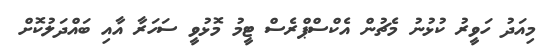
މިއަދު ހަވީރު ކުޅުނު މެޗުން އެކްސްޕްރެސް ޓީމު މޮޅުވީ ސަހަރާ އާއި ބައްދަލުކޮށް